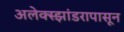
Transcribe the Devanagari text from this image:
अलेक्स्झांडरापासून